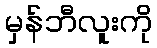
မှန်ဘီလူးကို